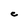
Character: C